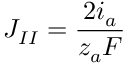
J _ { I I } = \frac { 2 i _ { a } } { z _ { a } F }